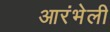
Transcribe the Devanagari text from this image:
आरंभेली